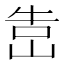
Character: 𡷥